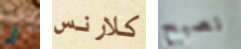
أي كلارنس نصبح